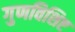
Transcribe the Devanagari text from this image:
गुणविशिष्ट